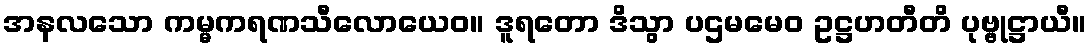
အနလသော ကမ္မကရဏသီလောယေဝ။ ဒူရတော ဒိသွာ ပဌမမေဝ ဥဋ္ဌဟတီတိ ပုဗ္ဗုဋ္ဌာယီ။